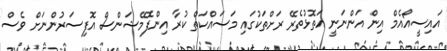
އައިސީއޯއެމް އިން އަންނަނީ އަތޮޅުތެރޭ ރަށްތަކުގައި މަސައްކަތް ކުރާ އިންފޮމޭޝަންސް އޮފިސަރުންނަށް ވެސް